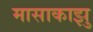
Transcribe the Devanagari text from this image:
मासाकाझु